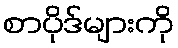
စာပိုဒ်များကို